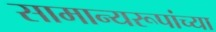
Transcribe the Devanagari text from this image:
सामान्यरूपांच्या